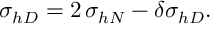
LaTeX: \sigma _ { h D } = 2 \, \sigma _ { h N } - \delta \sigma _ { h D } .